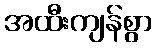
အထီးကျန်စွာ